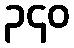
၃၄၀